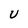
Character: U